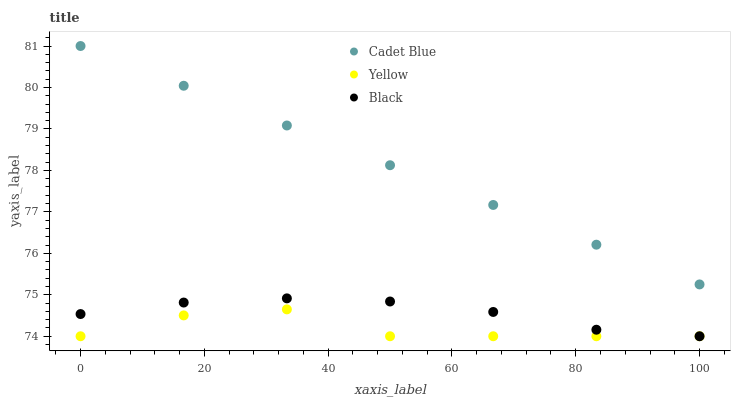
| xaxis_label | Cadet Blue | Yellow | Black |
 | --- | --- | --- | --- |
 | 0 | 81 | 74 | 74.5 |
 | 16.7 | 80 | 74.5 | 74.8 |
 | 33.3 | 79.1 | 74.6 | 74.9 |
 | 50 | 78.1 | 74 | 74.8 |
 | 66.7 | 77.2 | 74 | 74.6 |
 | 83.3 | 76.2 | 74 | 74.2 |
 | 100 | 75.3 | 74 | 74 |